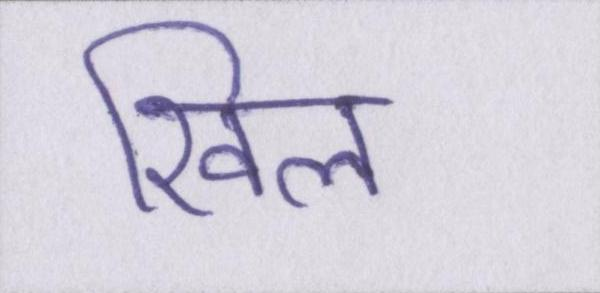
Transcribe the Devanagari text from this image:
खिल